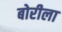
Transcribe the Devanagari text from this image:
बोरीला